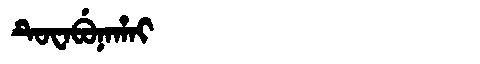
Manchu: ᡨᡠᠸᠠᠪᡠᠨᠠᡥᠠᡳ
Romanization: TUWABUNAHAI